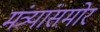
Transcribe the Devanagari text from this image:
मंत्र्यांसमोर